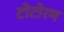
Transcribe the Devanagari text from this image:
टोटोरम